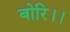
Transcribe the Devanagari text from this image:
बोरि।।